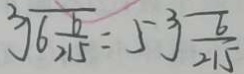
\sqrt [ 3 ] { 6 \frac { 6 } { 2 1 5 } } = 5 \sqrt [ 3 ] { \frac { 6 } { 2 1 5 } }